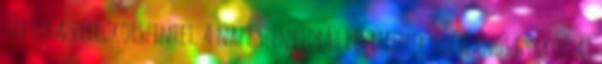
tartsa a vércukorszintet. A napi szénhidrát bevitelnek általános gyakorlat